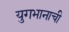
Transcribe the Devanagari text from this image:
युगभानाची